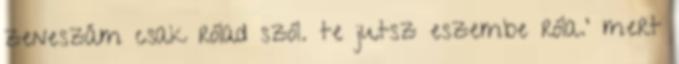
zeneszám csak rólad szól. te jutsz eszembe róla.' mert